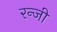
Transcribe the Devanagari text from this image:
रन्जी